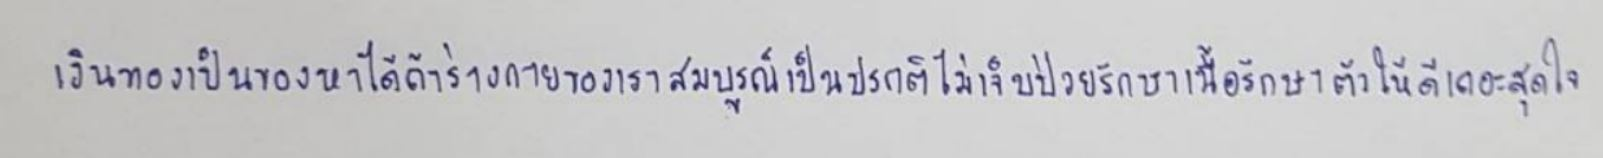
"เงินทองเป็นของหาได้ถ้าร่างกายของเราสมบูรณ์เป็นปรกติไม่เจ็บป่วยรักษาเนื้อรักษาตัวให้ดีเถอะสุดใจ"